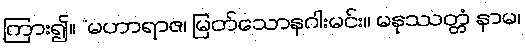
ကြား၍။ “မဟာရာဇ၊ မြတ်သောနဂါးမင်း။ မနုဿတ္တံ နာမ၊